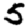
Digit: 5